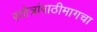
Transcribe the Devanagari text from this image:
स्तोत्रांपाठीमागचा